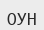
ОУН